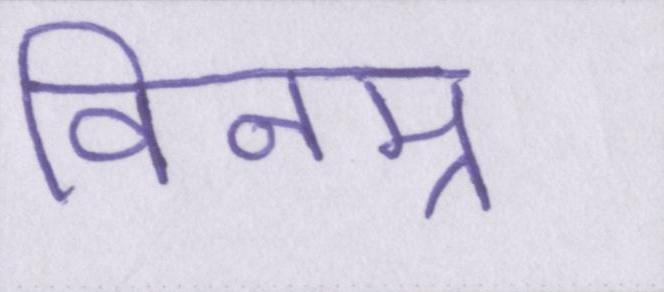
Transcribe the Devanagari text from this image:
विनम्र